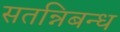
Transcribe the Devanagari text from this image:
सतन्निबन्ध